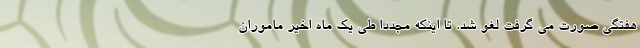
هفتگی صورت می گرفت لغو شد. تا اینکه مجدداً طی یک ماه اخیر ماموران